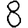
Digit: 8